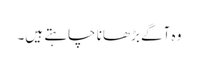
وہ آگے بڑھانا چاہتے ہیں۔